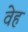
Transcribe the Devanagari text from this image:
वेह